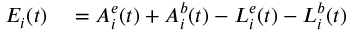
\begin{array} { r l } { E _ { i } ( t ) } & { { } = A _ { i } ^ { e } ( t ) + A _ { i } ^ { b } ( t ) - L _ { i } ^ { e } ( t ) - L _ { i } ^ { b } ( t ) } \end{array}